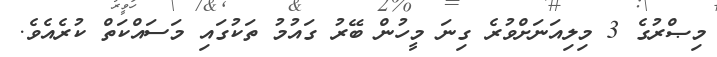
މިޞްރުގެ 3 މިލިއަނަށްވުރެ ގިނަ މީހުން ބޭރު ގައުމު ތަކުގައި މަސައްކަތް ކުރެއެވެ.